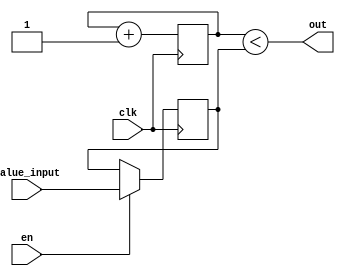
// This program was cloned from: https://github.com/damdoy/ice40_ultraplus_examples
// License: Mozilla Public License 2.0

//pwm module, outputs a pulse width according to the value written
//max width 255 cycles

module pwm(input clk, input en, input [7:0] value_input, output out);
   reg [7:0] counter;
   reg [7:0] value; //max 255

   assign out = (counter < value);

   initial begin
      counter = 0;
      value = 255;
   end

   always @(posedge clk)
   begin
      counter <= counter + 1;
      
      if(en == 1'b1) begin
        value <= value_input;
      end;
   end
endmodule